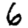
Digit: 6